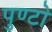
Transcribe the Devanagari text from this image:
पुण्टो